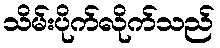
သိမ်းပိုက်လိုက်သည်